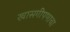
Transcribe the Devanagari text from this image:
खासगीपणाचा